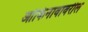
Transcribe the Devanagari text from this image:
ओकिनावावरील